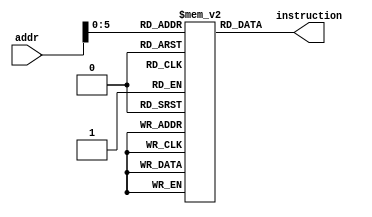
module instructionmemory (
	input wire[31:0] addr,
	output reg[31:0] instruction
	);

	reg[31:0] memory[0:63];

	///////////MEMORIA DE INSTRUCOES//////////////////////
	initial begin
		//Teste de Forwarding
		memory[0]  <= 32'b00000001000010011000000000100000;			//add $s0 $t0 $t1 // 8 + 4 = 12
		memory[4]  <= 32'b00000010000010101000100000100010;			//sub $s1 $s0 $t2 // 12 - 10 = 2
		memory[8]  <= 32'b00000010000100011001000000100000;			//add $s2 $s0 $s1 // 12 + 2 = 14
		memory[12] <= 32'b00000010010100011001100000100000;			//add $s3 $s2 $s1 // 14 + 2 = 16

		//Teste de Stall
		// memory[0] <= 32'b10101100000010110000000000000100;			//sw $t3 4($0) //Guarda 132 na memoria
		// memory[4] <= 32'b10001100000100000000000000000100;			//lw $s0 4($0)	 //Carrega 132 da memoria
		// memory[8] <= 32'b00000010000010011000100000100000;			//add $s1 $s0 $t1 // 132 + 4 = 136
	end

	always @ (addr) begin
		instruction[31:0] = memory[addr];
	end
endmodule